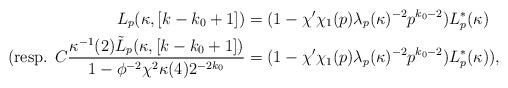
LaTeX: \begin{align*}L_p(\kappa,[k-k_0+1]) & = (1-\chi'\chi_1(p)\lambda_p(\kappa)^{-2}p^{k_0-2})L_p^*(\kappa)\\(\mbox{resp. } C \frac{\kappa^{-1}(2)\tilde{L}_p(\kappa,[k-k_0+1])}{1-\phi^{-2}\chi^2 \kappa(4)2^{-2k_0}}& = (1-\chi'\chi_1(p)\lambda_p(\kappa)^{-2}p^{k_0-2})L_p^*(\kappa)),\end{align*}